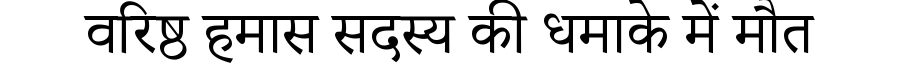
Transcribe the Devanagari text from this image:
वरिष्ठ हमास सदस्य की धमाके में मौत